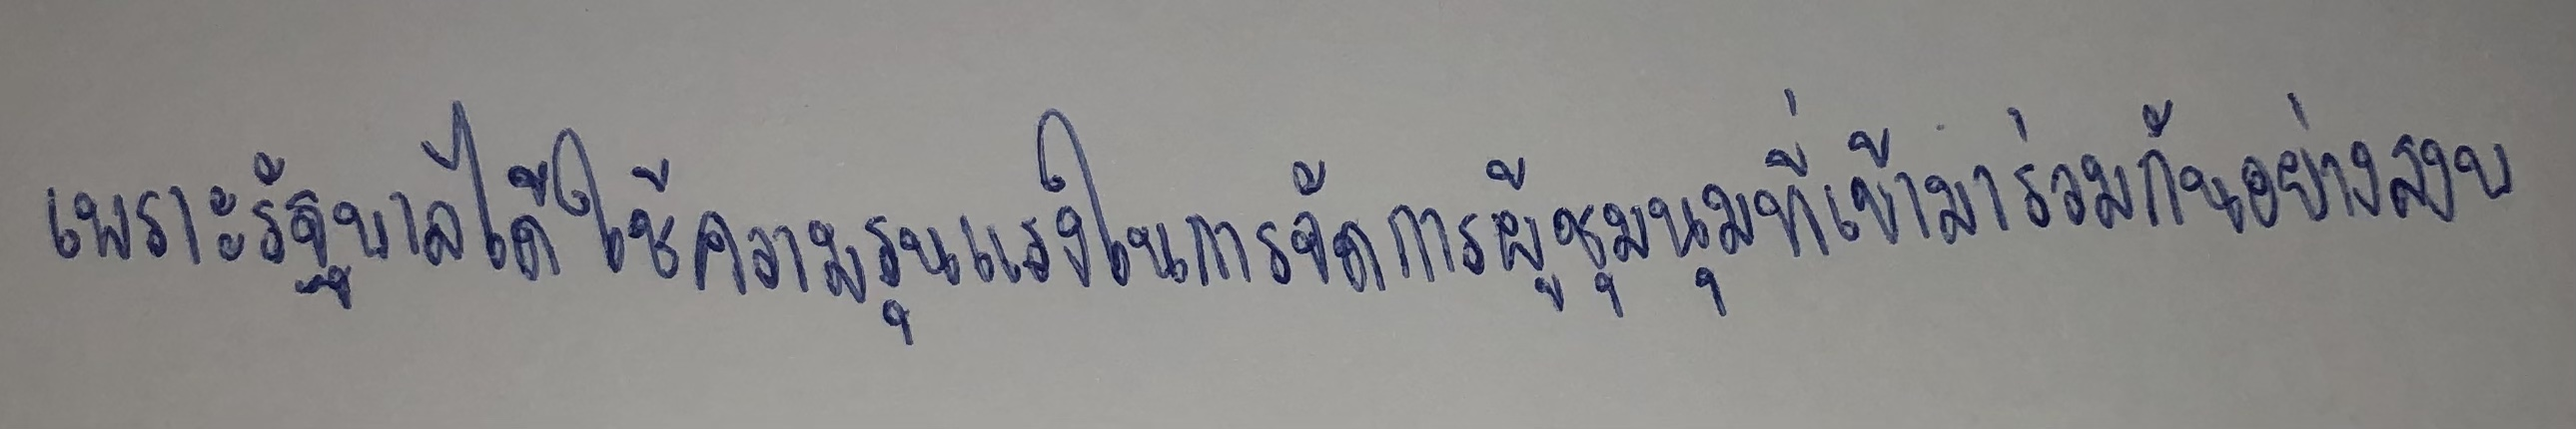
เพราะรัฐบาลได้ใช้ความรุนแรงในการจัดการผู้ชุมนุมที่เข้ามาร่วมกันอย่างสงบ